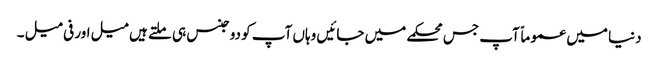
دنیا میں عموماً آپ جس محکمے میں جائیں وہاں آپ کو دو جنس ہی ملتے ہیں میل اور فی میل ۔